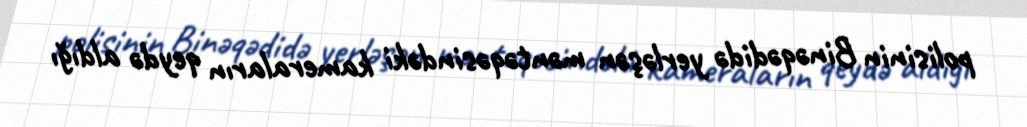
polisinin Binəqədidə yerləşən məntəqəsindəki kameraların qeydə aldığı